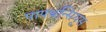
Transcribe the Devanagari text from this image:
पापथन्सियूस